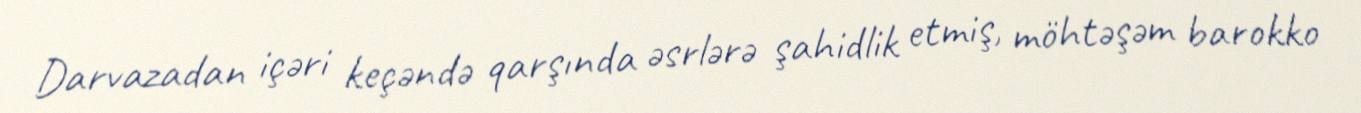
Darvazadan içəri keçəndə qarşında əsrlərə şahidlik etmiş, möhtəşəm barokko